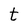
Character: t